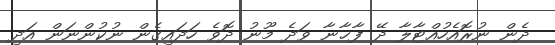
ދެން ނުރޮއެހުއްޓާލާ ދޭ ފާޚާނާ ވަދެ މޫނު ދޮވެ ހަދައިގެން ނުކުންނަން އަދި